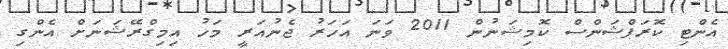
އެންޓި ކޮރަޕްޝަންސް ކޮމިޝަނުން 2011 ވަނަ އަހަރު ޖެނުއަރީ މަހު އިމިގްރޭޝަނަށް އެންގި